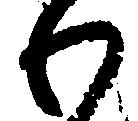
わ